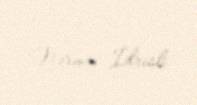
Nərmin İdrisli